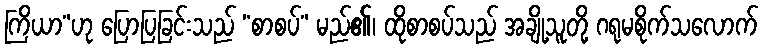
ကြိယာ”ဟု ပြောပြခြင်းသည် “စာစပ်” မည်၏၊ ထိုစာစပ်သည် အချို့သူတို့ ဂရုမစိုက်သလောက်